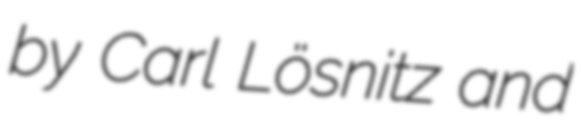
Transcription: by Carl Lösnitz and